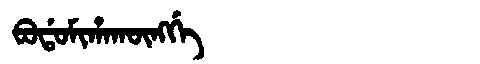
Manchu: ᠪᠣᡩᠣᠮᡳᡥᠠᡴᡡᠩᡤᡝ
Romanization: BODOMIHAKŪNGGE